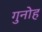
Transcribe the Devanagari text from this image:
गुनोह